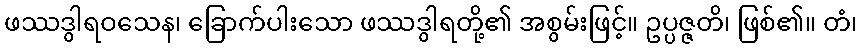
ဖဿဒွါရဝသေန၊ ခြောက်ပါးသော ဖဿဒွါရတို့၏ အစွမ်းဖြင့်။ ဥပ္ပဇ္ဇတိ၊ ဖြစ်၏။ တံ၊